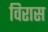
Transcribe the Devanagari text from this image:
विरास